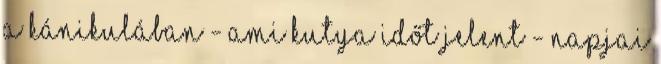
A kánikulában - ami kutya időt jelent - napjai